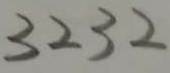
3 2 3 2